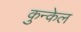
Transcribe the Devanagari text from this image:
कुन्केल